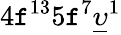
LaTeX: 4\mathtt{f}^{13}5\mathtt{f}^{7}\underline{{{\upsilon}}}^{1}